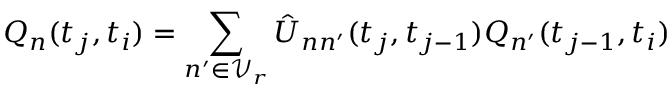
Q _ { n } ( t _ { j } , t _ { i } ) = \sum _ { n ^ { \prime } \in \mathcal { V } _ { r } } \hat { U } _ { n n ^ { \prime } } ( t _ { j } , t _ { j - 1 } ) Q _ { n ^ { \prime } } ( t _ { j - 1 } , t _ { i } )